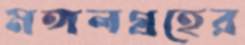
মঙ্গলগ্রহের